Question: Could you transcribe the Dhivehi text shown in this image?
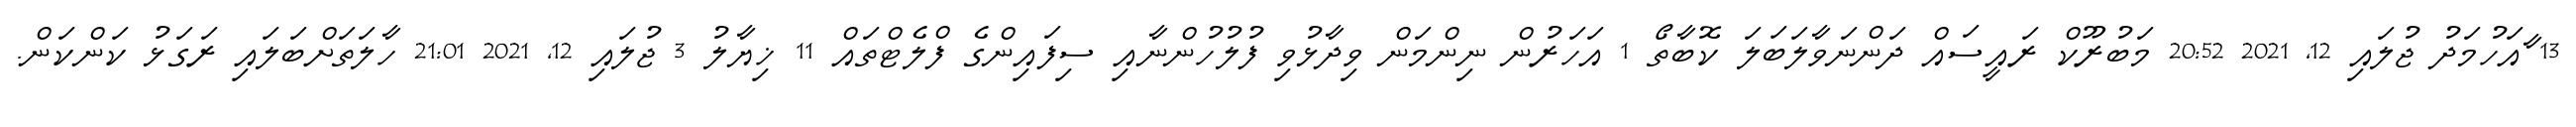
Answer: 13 ާއަހުމަދު ޖުލައި 12, 2021 20:52 މަބުރޫކް ރައީސައް ދަންނަވާލަބަލަ ކޮބާތޯ 1 އަހަރުން ނިންމަން ވިދާޅުވި ފުލުހުންނާއި ސިފައިންގެ ފްލެޓްތައް 11 ޚިޔާލު 3 ޖުލައި 12, 2021 21:01 ހާލަތަށްބަލައި ރަގަޅު ކަންކަން.